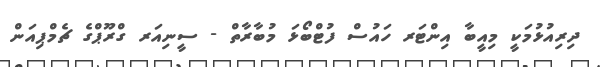
ދިރިއުޅުމަކީ މިއީބާ އިންޓަރ ހައުސް ފުޓްބޯޅަ މުބާރާތް - ސީނިއަރ ގްރޫޕްގެ ޗެމްޕިއަން